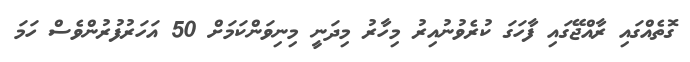
ގޮތެއްގައި ރާއްޖޭގައި ފާހަގަ ކުރެވުނުއިރު މިހާރު މިދަނީ މިނިވަންކަމަށް 50 އަހަރުފުރުންވެސް ހަމަ